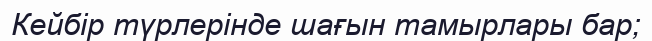
Кейбір түрлерінде шағын тамырлары бар;